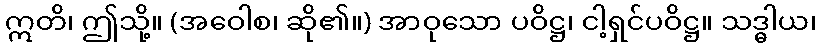
ဣတိ၊ ဤသို့။ (အဝေါစ၊ ဆို၏။) အာဝုသော ပဝိဋ္ဌ၊ ငါ့ရှင်ပဝိဋ္ဌ။ သဒ္ဓါယ၊